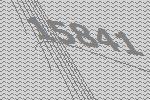
15841